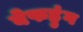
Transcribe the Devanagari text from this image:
बेफह्रुंग